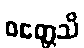
ဝတ္တေသိ